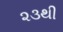
૨૩થી